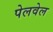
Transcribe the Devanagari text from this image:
पेलवेल